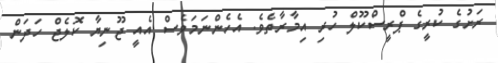
ރަށުގެ ކުރީގެ ޕްރީސްކޫލް ހުރި އިމާރާތެވެ. އެހެންނަމަވެސް އެއީ ޖޫނިޔާ ކޮލެޖް ހަދަން